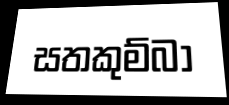
සතකුම්බා